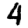
Digit: 4